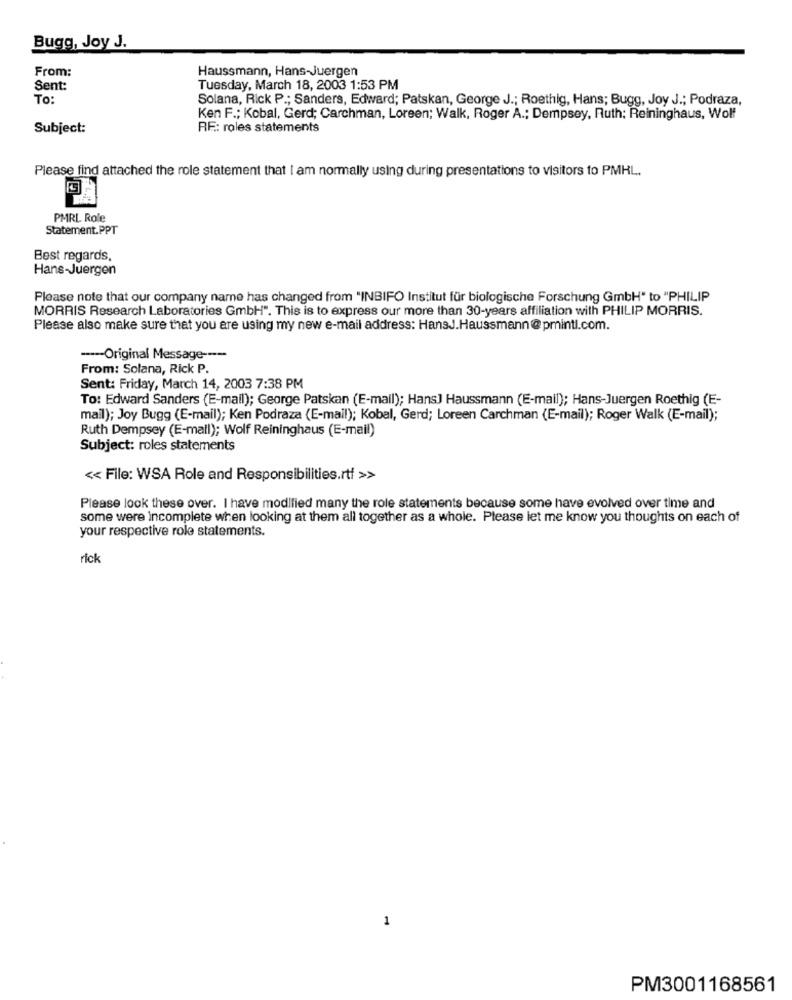
Bugg, Joy J.
From:
Haussmann, Hans-Juergen
Sent:
Tuesday, March 18, 2003 1:53 PM
To:
Solana, Rick P .; Sanders, Edward; Patskan, George J .; Roethig, Hans; Bugg, Joy J .; Podraza,
Ken F .; Kobal, Gerd; Carchman, Loreen; Walk, Roger A .; Dempsey, Ruth; Reininghaus, Wolf
Subject:
RF: roles statements
Please find attached the role statement that I am normally using during presentations to visitors to PMHL.
PMRL Role
Statement.PPT
Best regards,
Hans-Juergen
Please note that our company name has changed from "INBIFO Institut für biologische Forschung GmbH" to "PHILIP
MORRIS Research Laboratories GmbH". This is to express our more than 30-years affiliation with PHILIP MORRIS.
Please also make sure that you are using my new e-mail address: HansJ.Haussmann@pmintl.com.
---- Original Message -----
From: Solana, Rick P.
Sent: Friday, March 14, 2003 7:38 PM
To: Edward Sanders (E-mail); George Patskan (E-mail); Hans] Haussmann (E-mail); Hans-Juergen Roethig (E-
mail); Joy Bugg (E-mail); Ken Podraza (E-mail); Kobal, Gerd; Loreen Carchman (E-mail); Roger Walk (E-mail);
Ruth Dempsey (E-mail); Wolf Reininghaus (E-mail)
Subject: roles statements
<< File: WSA Role and Responsibilities.rtf >>
Please look these over. I have modified many the role statements because some have evolved over time and
some were incomplete when looking at them all together as a whole. Please let me know you thoughts on each of
your respective role statements.
rick
1
PM3001168561